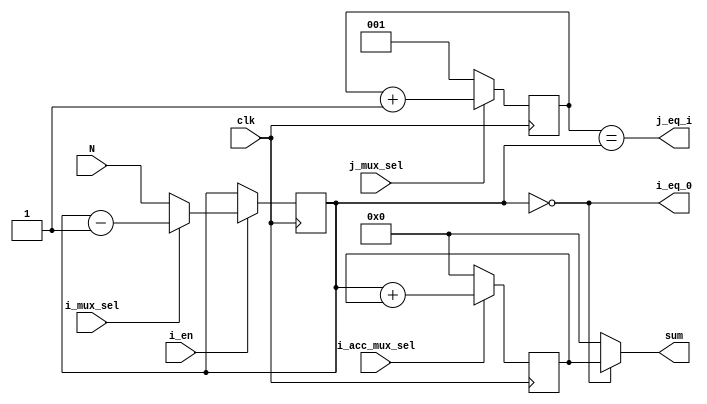
// Data Path Module defined here
module data_path(input [2:0] N, 
                 input clk, i_mux_sel, j_mux_sel, i_en, i_acc_mux_sel,
                 output i_eq_0, j_eq_i,
                 output [7:0] sum);
  // Internal Wires Declared Here      
  wire [2:0] i_mux_out, j_mux_out;
  wire [7:0] i_acc_mux_out, add_out;
  //Registers are declared here
  reg [2:0] i, j;
  reg [7:0] i_acc;
  // Combinational Part    
  assign i_eq_0 = (i==0);
  assign j_eq_i = (j==i);
  assign i_mux_out = i_mux_sel ? i-1 : N;
  assign j_mux_out = j_mux_sel ? j+1 : 1;
  assign i_acc_mux_out = i_acc_mux_sel ? add_out : 0;
  assign add_out = i + i_acc;
  assign sum = (i==0)? i_acc: 0;
  //Register Part
  always @(posedge clk)
    begin
      i_acc <= i_acc_mux_out;
      if (i_en) i <= i_mux_out;
      j <= j_mux_out;
    end
endmodule